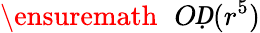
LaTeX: \ensuremath{\mathcal ḊOḌ}(r^{5})